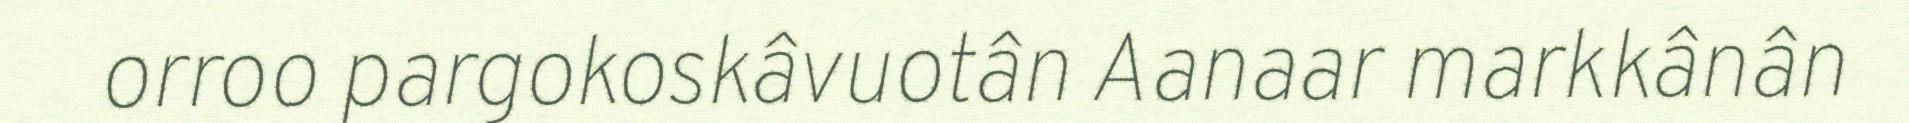
orroo pargokoskâvuotân Aanaar markkânân